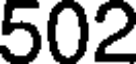
502